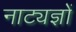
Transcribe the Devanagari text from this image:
नाट्यज्ञों